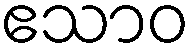
ဧသာဝ